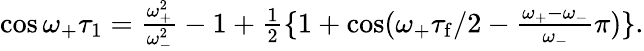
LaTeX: \begin{array}{r}{\cos\omega_{+}\tau_{1}=\frac{\omega_{+}^{2}}{\omega_{-}^{2}}-1+\frac{1}{2}\{ 1+\cos(\omega_{+}\tau_{\mathrm{f}}/2-\frac{\omega_{+}-\omega_{-}}{\omega_{-}}\pi)\} .}\end{array}